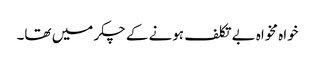
خواہ مخواہ بے تکلف ہونے کے چکر میں تھا۔